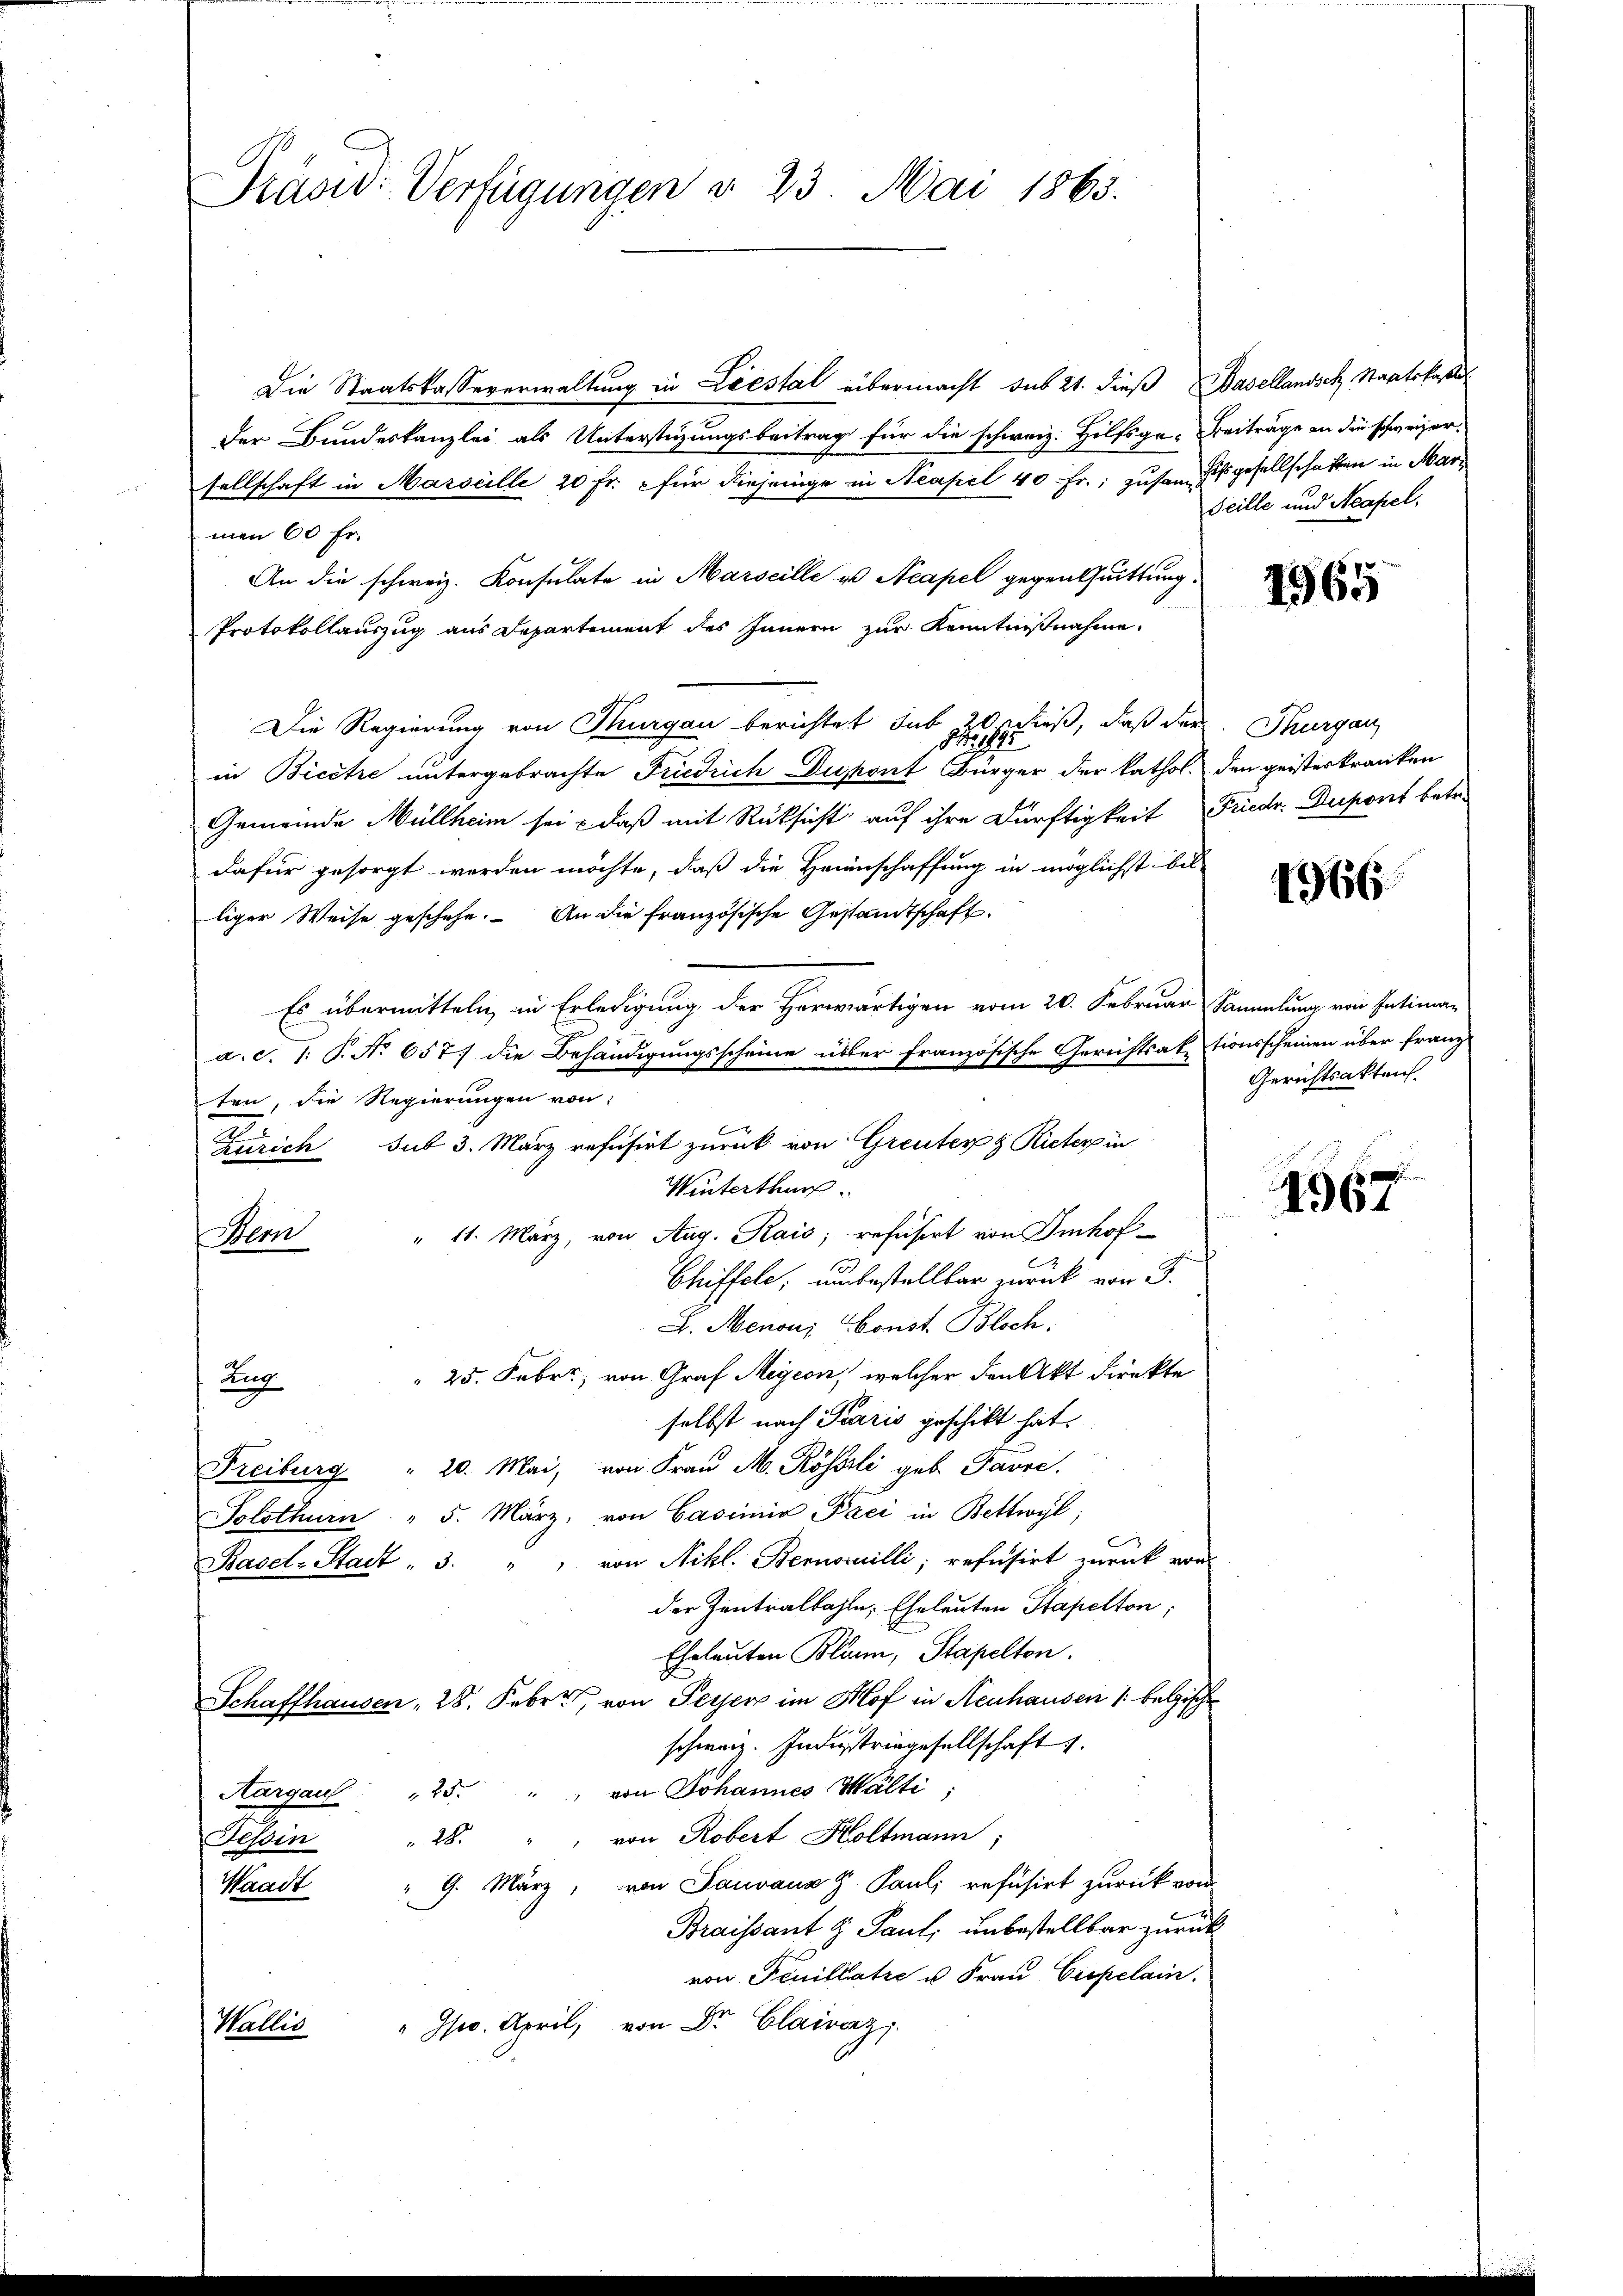
Präsid. Verfügungen d. 23. Mai 1865.

Die Staatskasseverwaltung in Liestal übermacht dus 21. dieß Basellandsch Staatskassat
Der Bundeskanzlei als Unterstüzungsbeitrag für die schweiz. Hilfsge- Beiträge an die schweizer-
sellschaft in Marseille 20 Fr. für diejenige in Neapel 40 Fr.; zusam, Eisgesellschaften in Marmen 60 Fr.
An die schweiz. Konsulate in Marseille es Neapel gegenthuittung.
Protokollauszug aus Departement des Innern zur Kenntnißnahme
Die Regierung von Thurgau berichtet sub 20 dieß, daß der Thurgau
in Bicete untergebrachte Friedrich Dispont Bürger der kathol. den geisteskranken
Gemeinde Müllheim sei - daß mit Rücksicht auf ihre Dürftigkeit Friedr. Dupont betr.
dafür gesorgt worden möchte, daß die Heimschaffung in möglichst bis-
liger Weise geschehe. An die französische Gestandtschaft
Es übermitteln, in Erledigung der Herwärtigen vom 20. Februar Sammlung von Intiman
a. c. 1: P. No 657 die Behändigungsscheine über französische Gerichtsaktionsscheinen über franz
ten, die Regierungen von
.
Zürich sub 3. März refusirt zurück von Greuter & Rieter in
Winterthur
Bern " 11. März, von Aug. Kais; refüsirt von Imhof
.
Chiffele, unbestellbar zurück von 3.
L. Menoui Const. Bloch,
 25. Febr., von Graf Meyeon, welcher den Akt direkte
Zug
selbst nach Paris geschickt hat.
Freiburg " 20. Mai, von Frau M. Röserli geb. Favre.
Solothurn " 5. März, von Casimir Paci in Bettwyl,
C
Basel-Stadt - 3. " " von Nikl. Bernocuilli; refusirt zurück vor
der Zentralbahln, Eheleuten Stapelton;
Eheleuten Blann, Stapelten.
Schaffhausen 28. Febr. von Feyerz im Hof in Neuhausen /: belgische
schweiz. Indistriegesellschaft 1.
Aargau 25. " " von Johannes Walti;
 28. " " von Robert Holtmann,
Tessin
Waadt " 9. März, von Sauvana z. Pauli refüsirt zurück von
Braissant z Paul, unbestellbar zurück
von Feuillatze u. Frau Capelain.
" Js. April, von Dr. Claivaz;
Wallis

Teille und Neapel.

1965

4966

Gerichtsakten.

4967